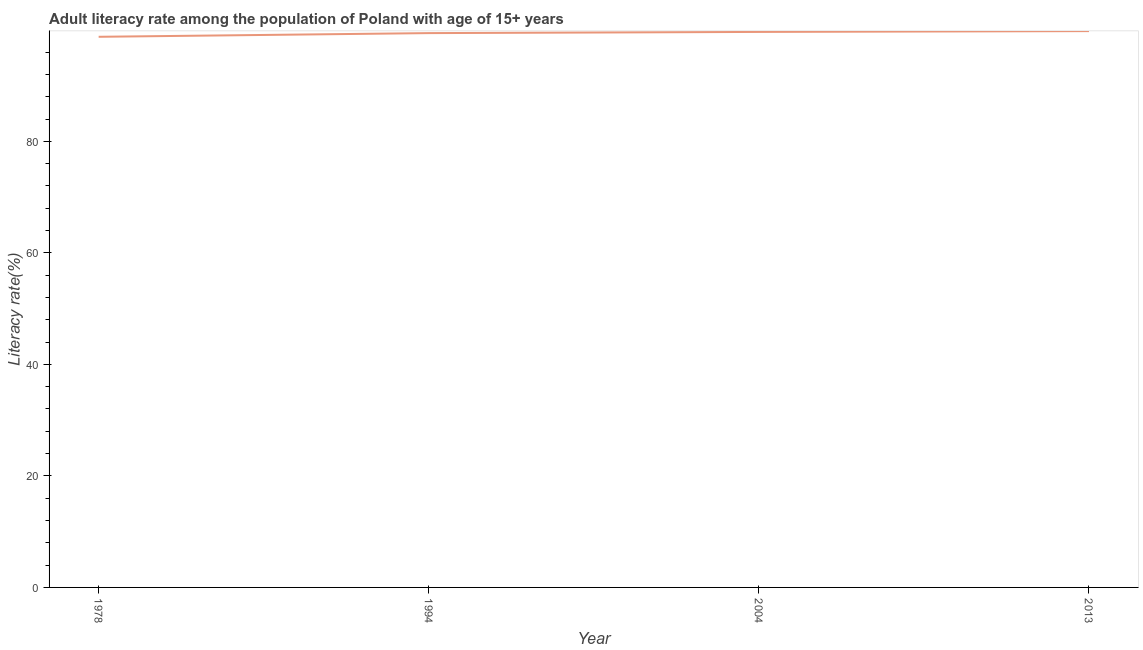
| Year | Adult literacy rate |
 | --- | --- |
 | 1978 | 98.7 |
 | 1994 | 99.4 |
 | 2004 | 99.6 |
 | 2013 | 99.8 |